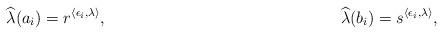
LaTeX: \begin{align*}\widehat{\lambda}(a_i)=r^{\langle\epsilon_i,\lambda\rangle},~~~~~~~~~~~~~~~~~~~~~~~~~~~~~~~~~~~~~~~~~~~\widehat{\lambda}(b_i)=s^{\langle\epsilon_i,\lambda\rangle},\end{align*}